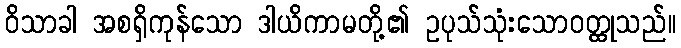
ဝိသာခါ အစရှိကုန်သော ဒါယိကာမတို့၏ ဥပုသ်သုံးသောဝတ္ထုသည်။